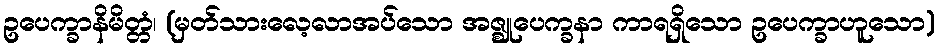
ဥပေက္ခာနိမိတ္တံ၊ (မှတ်သားလေ့လာအပ်သော အဇ္ဈုပေက္ခနာ ကာရရှိသော ဥပေက္ခာဟူသော)